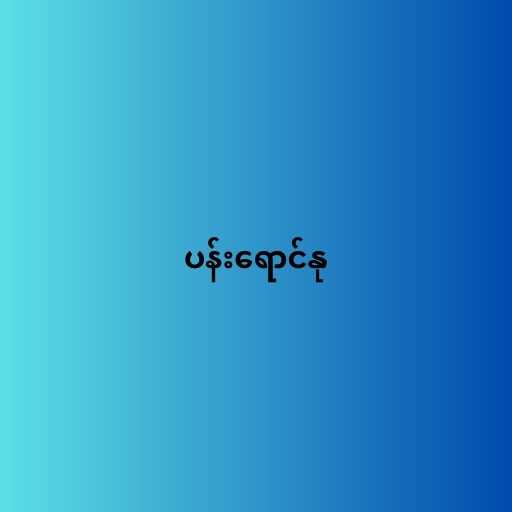
ပန်းရောင်နု